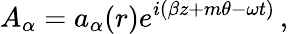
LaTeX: A_{\alpha}=a_{\alpha}(r)e^{i(\beta z+m\theta-\omega t)}\, ,